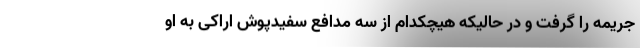
جریمه را گرفت و در حالیکه هیچکدام از سه مدافع سفیدپوش اراکی به او